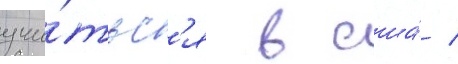
учи́тьс'я в сша́ /